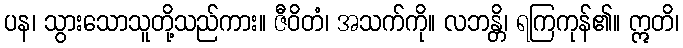
ပန၊ သွားသောသူတို့သည်ကား။ ဇီဝိတံ၊ အသက်ကို။ လဘန္တိ၊ ရကြကုန်၏။ ဣတိ၊